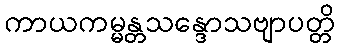
ကာယကမ္မန္တသန္ဒောသဗျာပတ္တိ